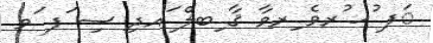
ަފ ުޚ ުރވެ ިރވާ ޤާ ިބލް ައދި ސި ަފ ަވ